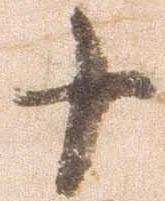
十